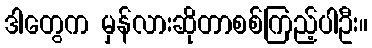
ဒါတွေက မှန်လားဆိုတာစစ်ကြည့်ပါဦး။